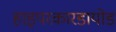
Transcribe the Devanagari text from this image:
हाइपरकारडायोड